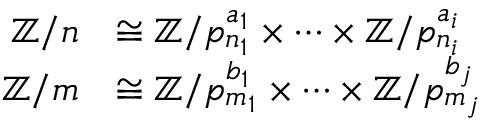
{ \begin{array} { r l } { \mathbb { Z } / n } & { \cong \mathbb { Z } / p _ { n _ { 1 } } ^ { a _ { 1 } } \times \cdots \times \mathbb { Z } / p _ { n _ { i } } ^ { a _ { i } } } \\ { \mathbb { Z } / m } & { \cong \mathbb { Z } / p _ { m _ { 1 } } ^ { b _ { 1 } } \times \cdots \times \mathbb { Z } / p _ { m _ { j } } ^ { b _ { j } } } \end{array} }